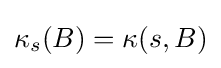
\kappa _{s}(B)=\kappa (s,B)